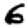
Digit: 6